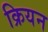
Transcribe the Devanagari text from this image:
क्रियन